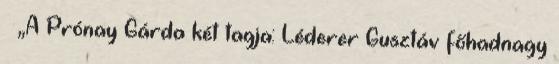
↑ „A Prónay Gárda két tagja: Léderer Gusztáv főhadnagy